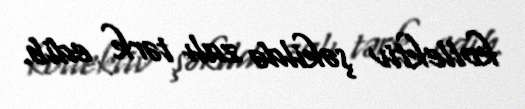
kollektiv şəkildə zalı tərk edib.